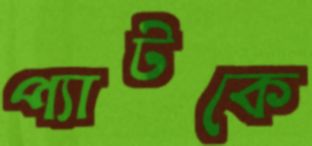
প্যাটকে